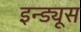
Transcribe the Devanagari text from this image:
इन्ड्यूस